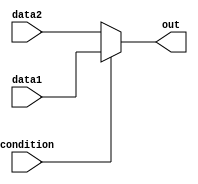
module ConditionalContinuousAssignment (
    input wire condition,      // Condition signal
    input wire [7:0] data1,   // Data signal 1
    input wire [7:0] data2,   // Data signal 2
    output wire [7:0] out     // Output wire
);

    // Continuous assignment using the ternary operator
    assign out = condition ? data1 : data2;

endmodule